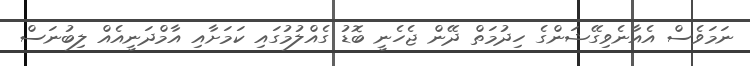
ނަމަވެސް އެއާނެވިގޭޝަންގެ ހިދުމަތް ދޭން ޖެހެނީ ބޮޑު ގެއްލުމުގައި ކަމަށާއި އާމްދަނީއެއް ލިބުނަސް